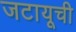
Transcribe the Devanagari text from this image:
जटायूची